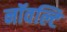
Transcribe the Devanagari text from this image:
नॉवल्टि